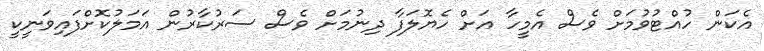
އެކަން ހުއްޓުވުމަށް ވެސް އެމީހާ އަށް ހެޔޮލަފާ ދިނުމަށް ވެސް ސަރުކާރުން އަމަލުކޮށްފައިވަނީކީ